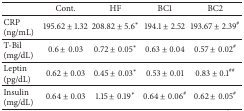
<table><thead><tr><td><b> </b></td><td><b>Cont.</b></td><td><b>HF</b></td><td><b>BC1</b></td><td><b>BC2</b></td></tr></thead><tbody><tr><td>CRP (ng/mL)</td><td>195.62 ± 1.32</td><td>208.82 ± 5.6<sup><i>∗</i></sup></td><td>194.1 ± 2.52</td><td>193.67 ± 2.39<sup>#</sup></td></tr><tr><td>T-Bil (mg/dL)</td><td>0.6 ± 0.03</td><td>0.72 ± 0.05<sup><i>∗</i></sup></td><td>0.63 ± 0.04</td><td>0.57 ± 0.02<sup>#</sup></td></tr><tr><td>Leptin (pg/dL)</td><td>0.62 ± 0.03</td><td>0.45 ± 0.03<sup><i>∗</i></sup></td><td>0.53 ± 0.01</td><td>0.83 ± 0.1<sup>##</sup></td></tr><tr><td>Insulin (mg/dL)</td><td>0.64 ± 0.03</td><td>1.15 ± 0.19<sup><i>∗</i></sup></td><td>0.64 ± 0.06<sup>#</sup></td><td>0.62 ± 0.05<sup>#</sup></td></tr></tbody></table>